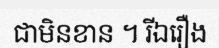
ជាមិនខាន ។ រីឯរឿង